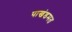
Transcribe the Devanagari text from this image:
पाखंडमत